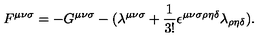
F ^ { { \mu } { \nu } { \sigma } } = - G ^ { { \mu } { \nu } { \sigma } } - ( { \lambda } ^ { { \mu } { \nu } { \sigma } } + \frac { 1 } { 3 ! } { \epsilon } ^ { { \mu } { \nu } { \sigma } { \rho } { \eta } { \delta } } { \lambda } _ { { \rho } { \eta } { \delta } } ) .